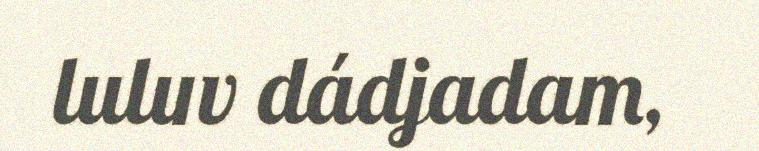
luluv dádjadam,